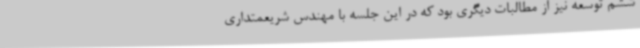
ششم توسعه نیز از مطالبات دیگری بود که در این جلسه با مهندس شریعمتداری